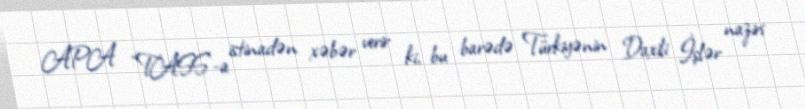
APA “TASS”-a istinadən xəbər verir ki, bu barədə Türkiyənin Daxili İşlər naziri